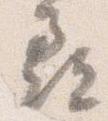
尋